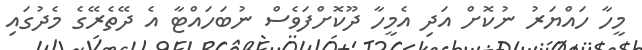
މީހާ ހައްޔަރު ނުކޮށް އަދި އެމީހާ ދޫކޮށްފަވެސް ނުބަހައްޓާ އެ ދޭތެރޭގެ މެދުގައި